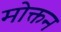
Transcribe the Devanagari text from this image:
मोक्तन